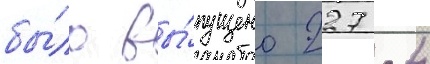
бы́ло вы́пущено 227 -4